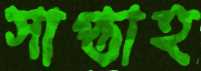
সাপ্তাহ